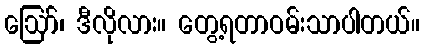
ဪ၊ ဒီလိုလား။ တွေ့ရတာဝမ်းသာပါတယ်။